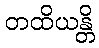
တထိယန္တိ